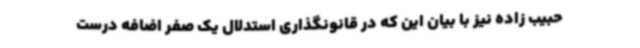
حبیب زاده نیز با بیان این که در قانونگذاری استدلال یک صفر اضافه درست